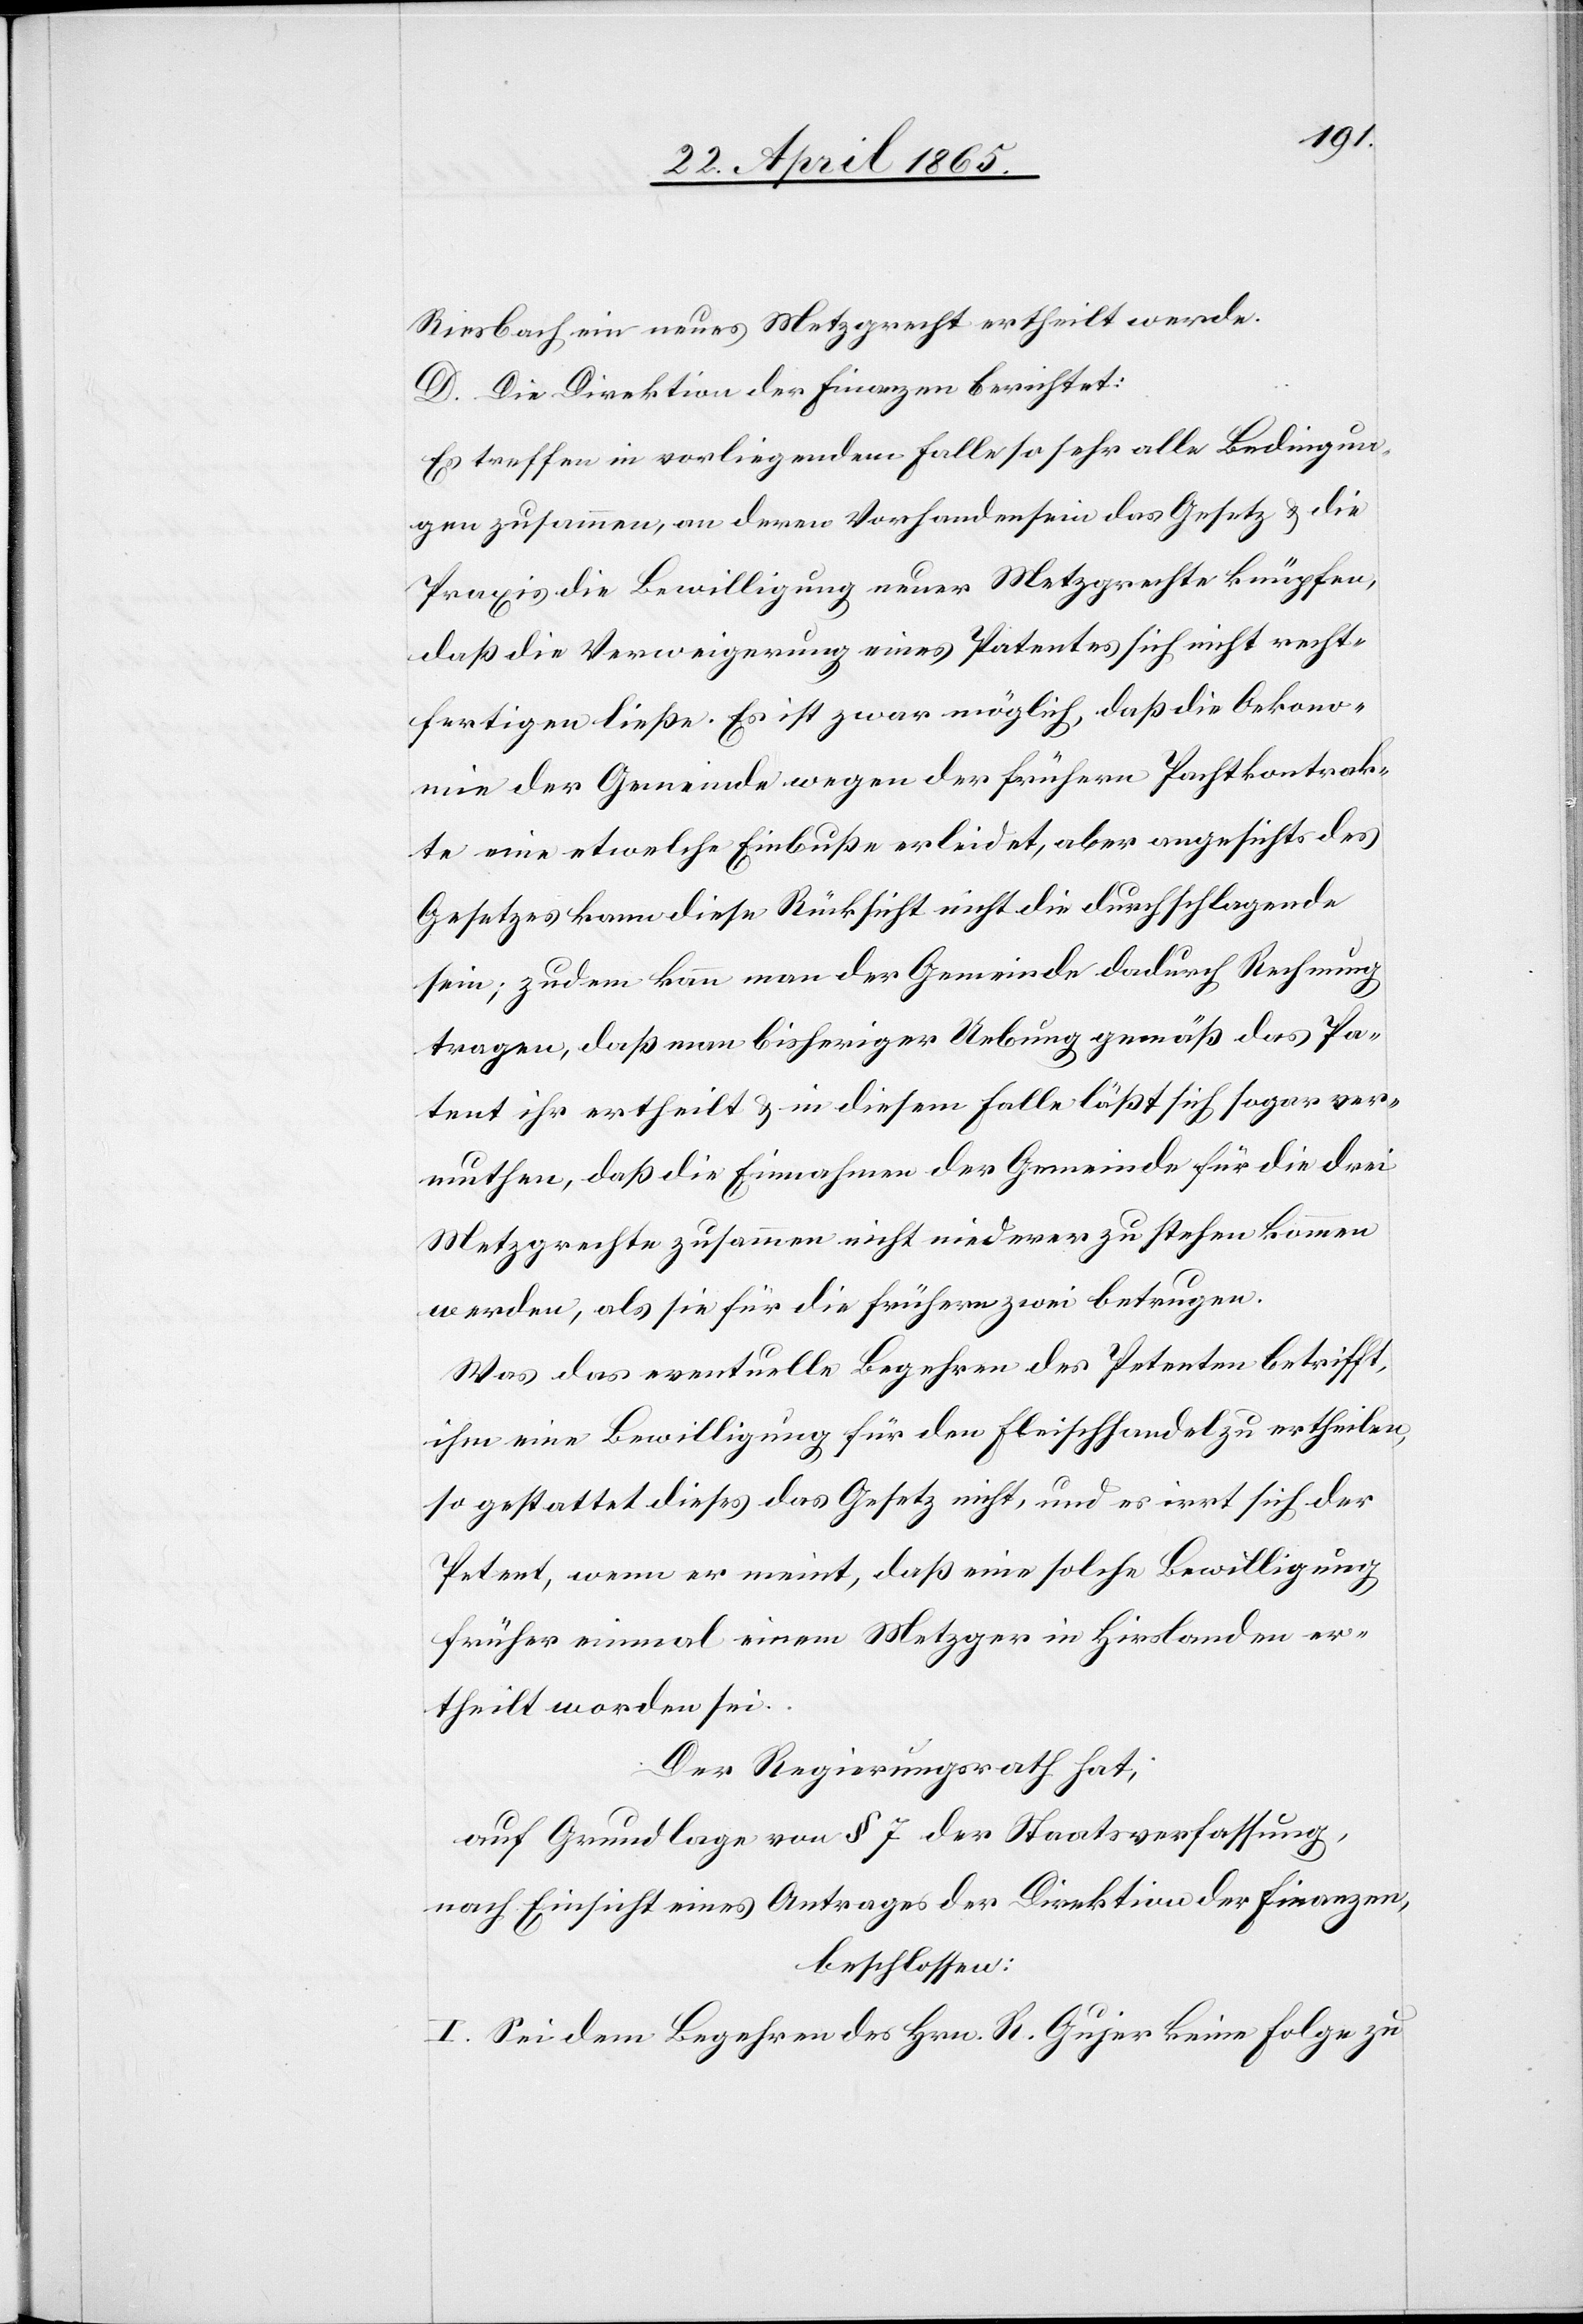
Riesbach ein neues Metzgrecht ertheilt werde.
D. Die Direktion der Finanzen berichtet:
Es treffen in vorliegendem Falle so sehr alle Bedingun¬
gen zusammen, an deren Vorhandensein das Gesetz & die
Praxis die Bewilligung neuer Metzgrechte knüpfen,
daß die Verweigerung eines Patentes sich nicht recht¬
fertigen ließe. Es ist zwar möglich, daß die Oekono¬
mie der Gemeinde wegen der frühern Pachtkontrak¬
te eine etwelche Einbuße erleidet, aber angesichts des
Gesetzes kann diese Rücksicht nicht die durchschlagende
sein; zudem kann man der Gemeinde dadurch Rechnung
tragen, daß man bisheriger Uebung gemäß das Pa¬
tent ihr ertheilt & in diesem Falle läßt sich sogar ver¬
muthen, daß die Einnahmen der Gemeinde für die drei
Metzgrechte zusammen nicht niederer zu stehen kommen
werden, als sie für die frühern zwei betrugen.
Was das eventuelle Begehren des Petenten betrifft,
ihm eine Bewilligung für den Fleischhandel zu ertheilen,
so gestattet dieses das Gesetz nicht, und es irrt sich der
Petent, wenn er meint, daß eine solche Bewilligung
früher einmal einem Metzger in Hirslanden er¬
theilt worden sei.
Der Regierungsrath hat,
auf Grundlage von § 7 der Staatsverfassung,
nach Einsicht eines Antrages der Direktion der Finanzen,
beschlossen:
I. Sei dem Begehren des Hrn. R. Gujer keine Folge zu